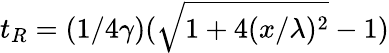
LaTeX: t_{R}=(1/4\gamma)(\sqrt{1+4(x/\lambda)^{2}}-1)